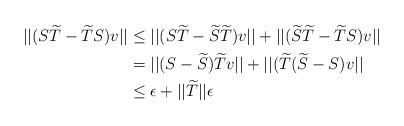
LaTeX: \begin{align*}||(S\widetilde{T} - \widetilde{T}S)v|| & \leq ||(S\widetilde{T} - \widetilde{S}\widetilde{T})v|| + ||(\widetilde{S}\widetilde{T} - \widetilde{T}S)v|| \\ & = ||(S - \widetilde{S})\widetilde{T}v|| + ||(\widetilde{T}(\widetilde{S} - S)v|| \\ & \leq \epsilon + ||\widetilde{T}||\epsilon\end{align*}